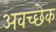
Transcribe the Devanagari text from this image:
अवच्छेक